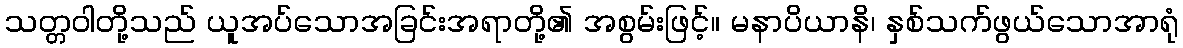
သတ္တဝါတို့သည် ယူအပ်သောအခြင်းအရာတို့၏ အစွမ်းဖြင့်။ မနာပိယာနိ၊ နှစ်သက်ဖွယ်သောအာရုံ